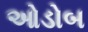
ઓડોબ